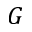
G